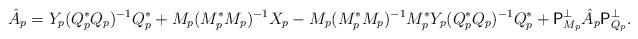
LaTeX: \begin{align*}\hat{A}_p = Y_p(Q_p^*Q_p)^{-1}Q_p^* + M_p(M_p^*M_p)^{-1}X_p - M_p(M_p^*M_p)^{-1}M_p^*Y_p(Q_p^*Q_p)^{-1}Q_p^* + \mathsf{P}_{M_p}^{\perp} \hat{A}_p \mathsf{P}_{Q_p}^{\perp}.\end{align*}